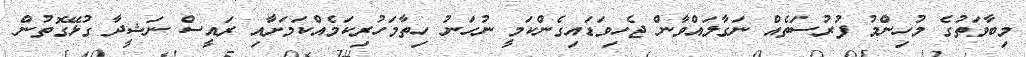
މިބާވަތުގެ މުހިންމު ފުރުސަތެއް ނަގާލައްވާން ޖެހިވަޑައިގެންކަމީ ނުހަނު ހިތާމަހުރިކަމެއްކަމަށާއި ރައީސް ނަޝީދާ ގުޅޭގޮތުން